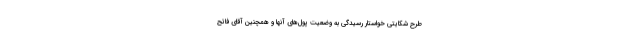
طرح شکایتی خواستار رسیدگی به وضعیت پول‌های آنها و همچنین آقای فاتح